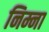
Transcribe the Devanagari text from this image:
निम्ना